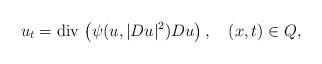
LaTeX: \begin{align*}u_{t}=\textrm{div}\,\left(\psi(u,|Du|^2)Du\right),\quad(x,t)\in Q,\end{align*}